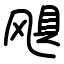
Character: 飓